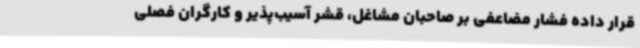
قرار داده فشار مضاعفی بر صاحبان مشاغل، قشر آسیب‌پذیر و کارگران فصلی